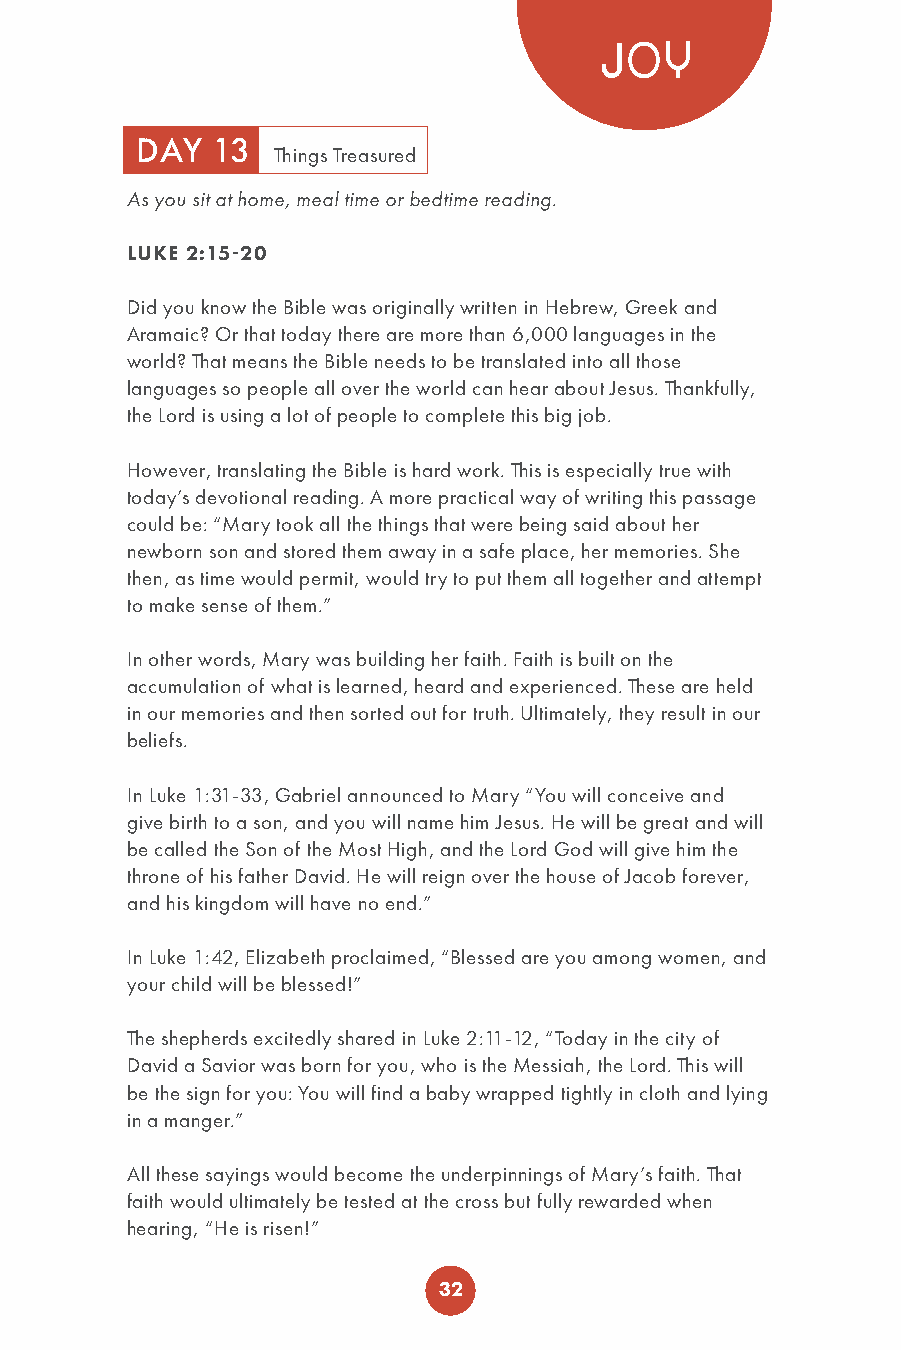
JOY
 DAY  13
 Things Treasured
 As you sit at home, meal time or bedtime reading.
 LUKE 2:15-20
 Did you know the Bible was originally written in Hebrew, Greek and
 Aramaic? Or that today there are more than 6,000 languages in the
 world? That means the Bible needs to be translated into all those
 languages so people all over the world can hear about Jesus. Thankfully,
 the Lord is using a lot of people to complete this big job.
 However, translating the Bible is hard work. This is especially true with
 today’s devotional reading. A more practical way of writing this passage
 could be: “Mary took all the things that were being said about her
 newborn son and stored them away in a safe place, her memories. She
 then, as time would permit, would try to put them all together and attempt
 to make sense of them.”
 In other words, Mary was building her faith. Faith is built on the
 accumulation of what is learned, heard and experienced. These are held
 in our memories and then sorted out for truth. Ultimately, they result in our
 beliefs.
 In Luke 1:31-33, Gabriel announced to Mary “You will conceive and
 give birth to a son, and you will name him Jesus. He will be great and will
 be called the Son of the Most High, and the Lord God will give him the
 throne of his father David. He will reign over the house of Jacob forever,
 and his kingdom will have no end.”
 In Luke 1:42, Elizabeth proclaimed, “Blessed are you among women, and
 your child will be blessed!”
 The shepherds excitedly shared in Luke 2:11-12, “Today in the city of
 David a Savior was born for you, who is the Messiah, the Lord. This will
 be the sign for you: You will find a baby wrapped tightly in cloth and lying
 in a manger.”
 All these sayings would become the underpinnings of Mary’s faith. That
 faith would ultimately be tested at the cross but fully rewarded when
 hearing, “He is risen!”
 32